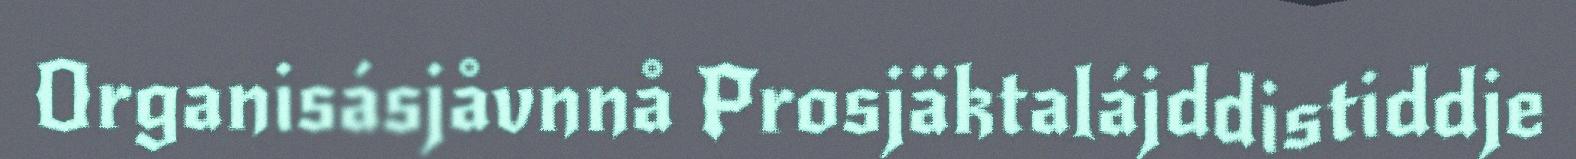
Organisásjåvnnå Prosjäktalájddistiddje